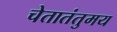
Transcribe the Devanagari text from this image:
चेतातंतुमय